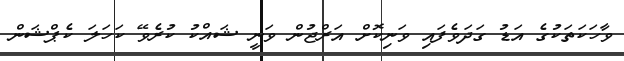
ވާހަކަތަކުގެ އަޑު ގަދަވެފައި ވަނިކޮށް އަރްޖުން ވަނީ ޝައްކު ކުރެވޭ ކަހަލަ ކެޕްޝަން